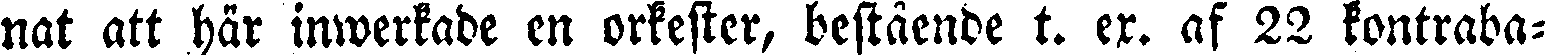
nat att här inwerkade en orkester, bestående t. ex. af 22 kontraba-